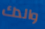
والدك